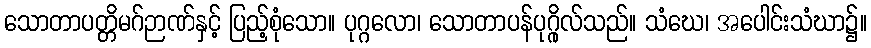
သောတာပတ္တိမဂ်ဉာဏ်နှင့် ပြည့်စုံသော။ ပုဂ္ဂလော၊ သောတာပန်ပုဂ္ဂိုလ်သည်။ သံဃေ၊ အပေါင်းသံဃာ၌။